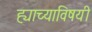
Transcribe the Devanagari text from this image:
ह्याच्याविषयी